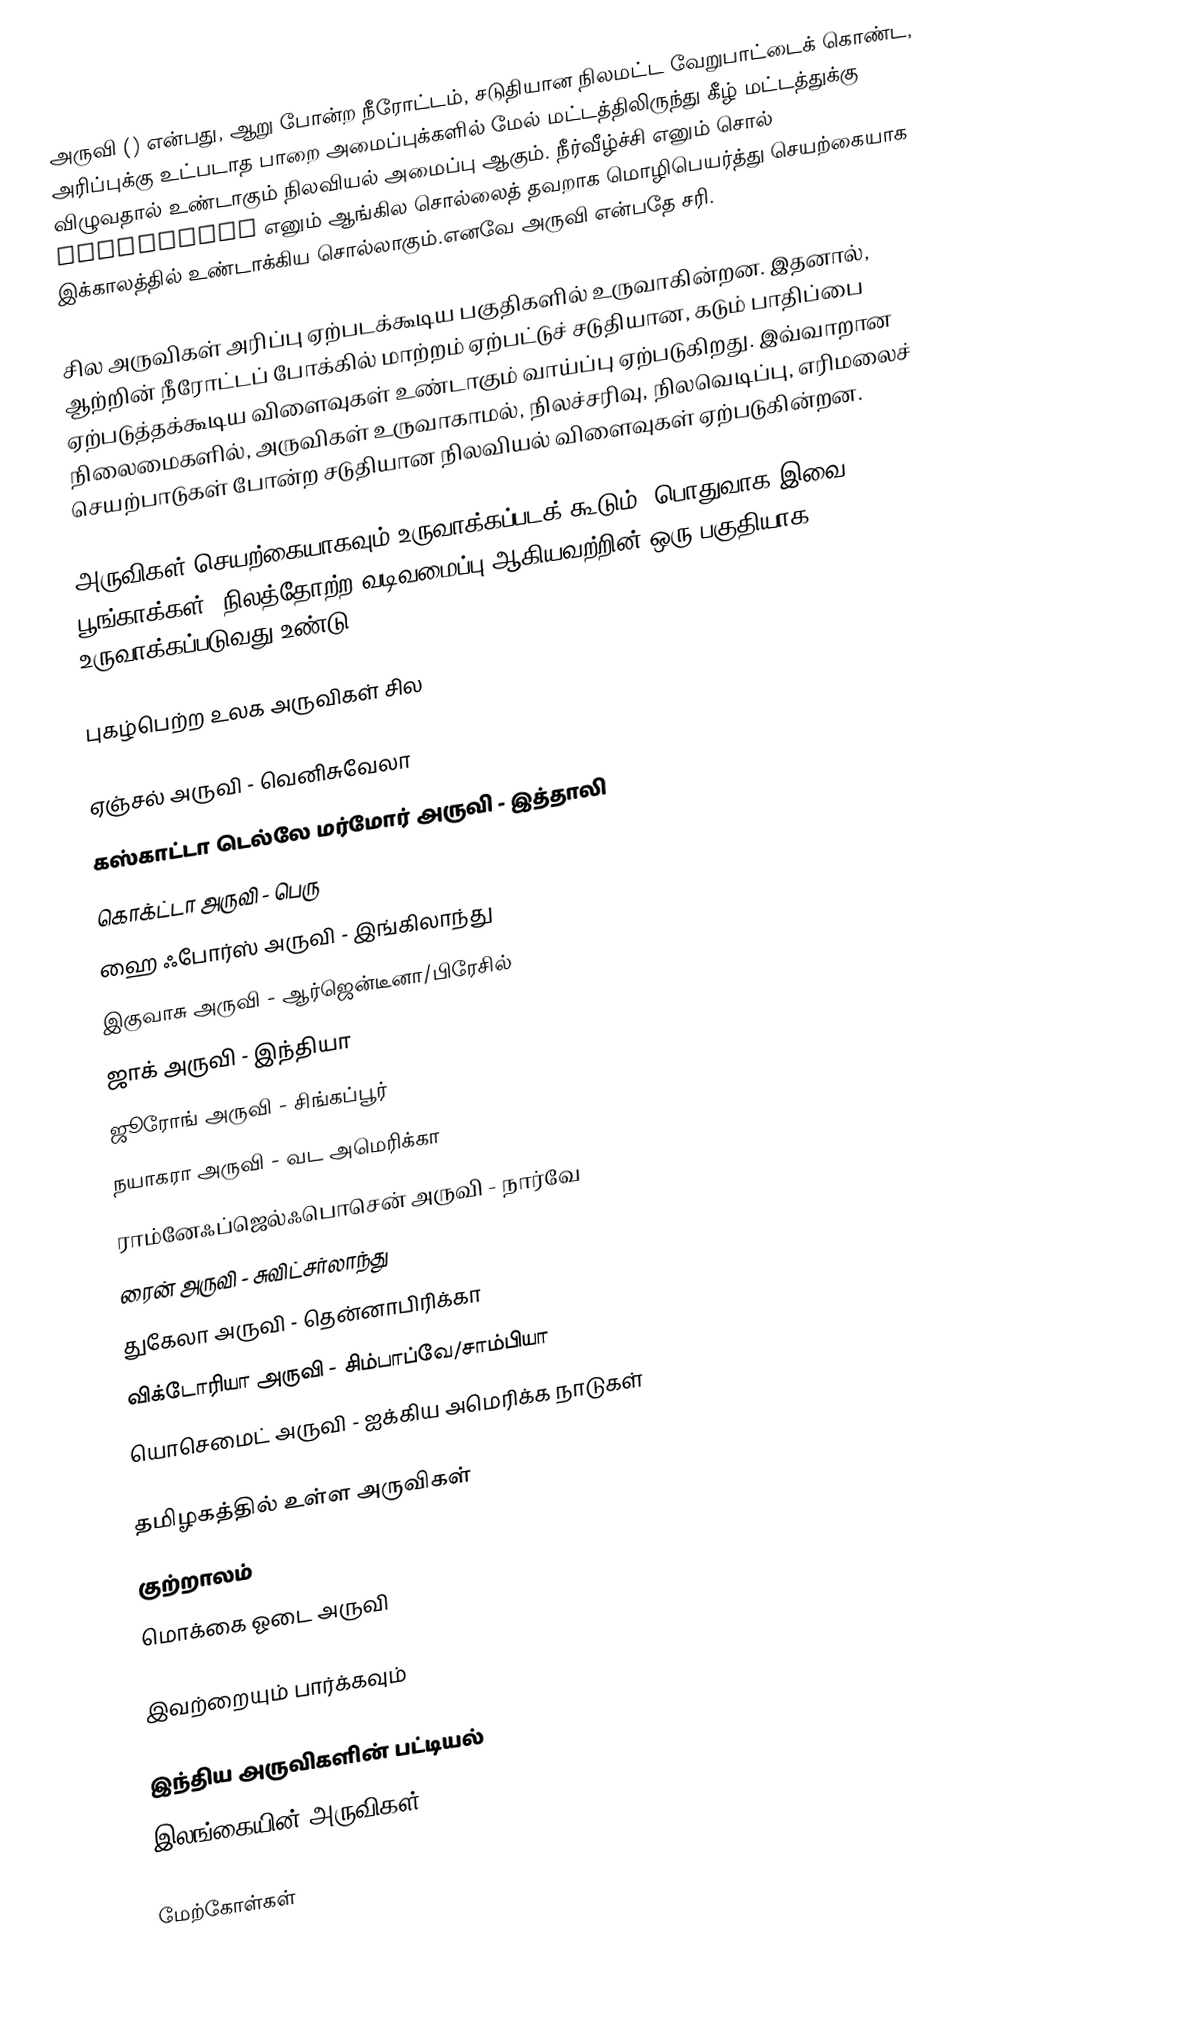
அருவி () என்பது, ஆறு போன்ற நீரோட்டம், சடுதியான நிலமட்ட வேறுபாட்டைக் கொண்ட, அரிப்புக்கு உட்படாத பாறை அமைப்புக்களில் மேல் மட்டத்திலிருந்து கீழ் மட்டத்துக்கு விழுவதால் உண்டாகும் நிலவியல் அமைப்பு ஆகும். நீர்வீழ்ச்சி எனும் சொல் Waterfalls எனும் ஆங்கில சொல்லைத் தவறாக மொழிபெயர்த்து செயற்கையாக இக்காலத்தில் உண்டாக்கிய சொல்லாகும்.எனவே அருவி என்பதே சரி.

சில அருவிகள் அரிப்பு ஏற்படக்கூடிய பகுதிகளில் உருவாகின்றன. இதனால், ஆற்றின் நீரோட்டப் போக்கில் மாற்றம் ஏற்பட்டுச் சடுதியான, கடும் பாதிப்பை ஏற்படுத்தக்கூடிய விளைவுகள் உண்டாகும் வாய்ப்பு ஏற்படுகிறது. இவ்வாறான நிலைமைகளில், அருவிகள் உருவாகாமல், நிலச்சரிவு, நிலவெடிப்பு, எரிமலைச் செயற்பாடுகள் போன்ற சடுதியான நிலவியல் விளைவுகள் ஏற்படுகின்றன.

அருவிகள் செயற்கையாகவும் உருவாக்கப்படக் கூடும். பொதுவாக இவை பூங்காக்கள், நிலத்தோற்ற வடிவமைப்பு ஆகியவற்றின் ஒரு பகுதியாக உருவாக்கப்படுவது உண்டு.

புகழ்பெற்ற உலக அருவிகள் சில

 ஏஞ்சல் அருவி - வெனிசுவேலா
 கஸ்காட்டா டெல்லே மர்மோர் அருவி - இத்தாலி
 கொக்ட்டா அருவி - பெரு
 ஹை ஃபோர்ஸ் அருவி - இங்கிலாந்து
 இகுவாசு அருவி - ஆர்ஜென்டீனா/பிரேசில்
 ஜாக் அருவி - இந்தியா
 ஜூரோங் அருவி - சிங்கப்பூர்
 நயாகரா அருவி - வட அமெரிக்கா
 ராம்னேஃப்ஜெல்ஃபொசென் அருவி - நார்வே
 ரைன் அருவி - சுவிட்சர்லாந்து
 துகேலா அருவி - தென்னாபிரிக்கா
 விக்டோரியா அருவி - சிம்பாப்வே/சாம்பியா
 யொசெமைட் அருவி - ஐக்கிய அமெரிக்க நாடுகள்

தமிழகத்தில் உள்ள அருவிகள்
 குற்றாலம்
மொக்கை ஓடை அருவி

இவற்றையும் பார்க்கவும்

 இந்திய அருவிகளின் பட்டியல்
 இலங்கையின் அருவிகள்

மேற்கோள்கள்